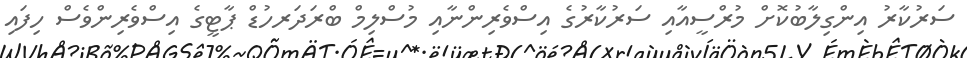
ސަރުކާރު އިންގިލާބުކޮށް މުރްސީއާއި ސަރުކާރުގެ އިސްވެރިންނާއި މުސްލިމް ބްރަދަރހުޑް ޕާޓީގެ އިސްވެރިންވެސް ހިފައި